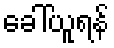
ခေါ်ယူရန်